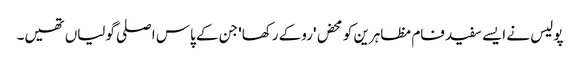
پولیس نے ایسے سفید فام مظاہرین کو محض 'روکے رکھا' جن کے پاس اصلی گولیاں تھیں۔